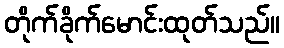
တိုက်ခိုက်မောင်းထုတ်သည်။